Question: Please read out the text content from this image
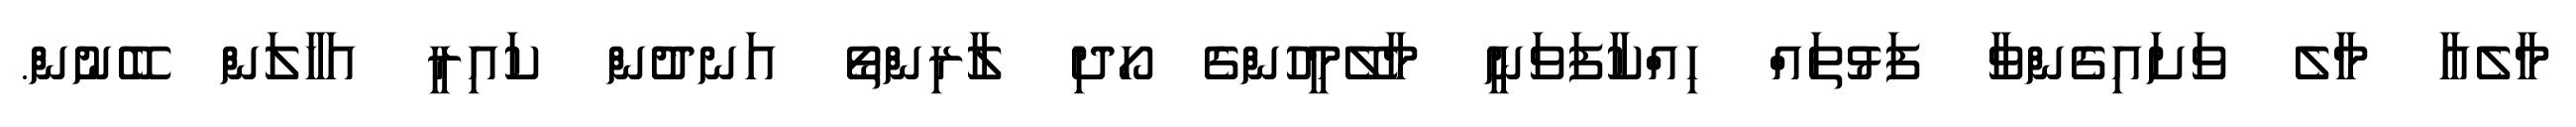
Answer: މާލެއާ މާލެ ވަށައިގެންވާ ފަޅުތައް ހިއްކާފަވަނީ މާލޭމީހުންގެ ހޯދި ލާރިންތޯ އަނދުން ކައިރީ އަހާލަން ބޭނުން.